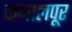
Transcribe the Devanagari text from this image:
कमालपूर